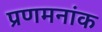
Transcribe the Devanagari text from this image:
प्रणमनांक